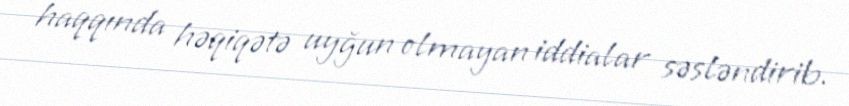
haqqında həqiqətə uyğun olmayan iddialar səsləndirib.